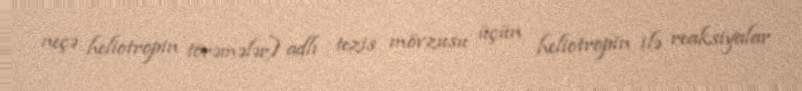
neçə heliotropin törəmələr) adlı tezis mövzusu üçün heliotropin ilə reaksiyalar